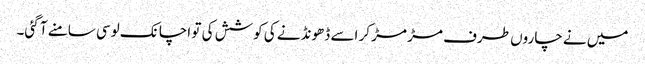
میں نے چاروں طرف مڑ مڑ کر اسے ڈھونڈنے کی کوشش کی تو اچانک لوسی سامنے آ گئی۔